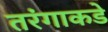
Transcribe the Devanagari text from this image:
तरंगाकडे